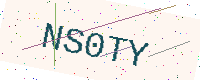
Text: NS0TY